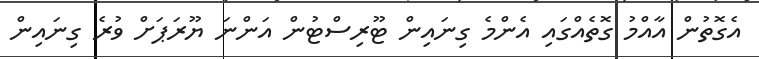
އެގޮތުން އާއްމު ގޮތެއްގައި އެންމެ ގިނައިން ޓޫރިސްޓުން އަންނަ ޔޫރަޕަށް ވުރެ ގިނައިން